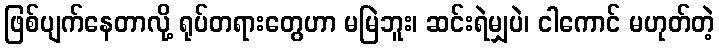
ဖြစ်ပျက်နေတာလို့ ရုပ်တရားတွေဟာ မမြဲဘူး၊ ဆင်းရဲမျှပဲ၊ ငါကောင် မဟုတ်တဲ့